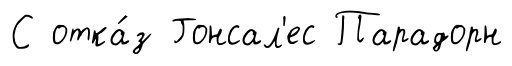
С отка́з Гонсал'ес Парадорн